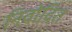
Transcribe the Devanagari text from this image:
निवोदित